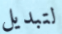
لتبديل